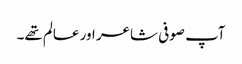
آپ صوفی شاعر اور عالم تھے۔